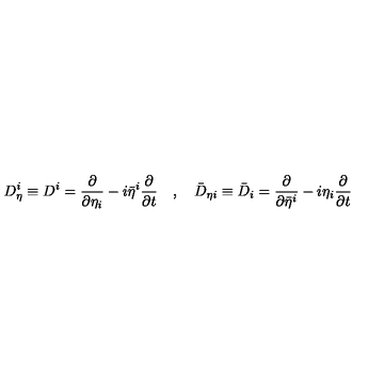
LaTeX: D _ { \eta } ^ { i } \equiv D ^ { i } = \frac { \partial } { \partial \eta _ { i } } - i \bar { \eta } ^ { i } \frac { \partial } { \partial t } \quad , \quad \bar { D } _ { \eta i } \equiv \bar { D } _ { i } = \frac { \partial } { \partial \bar { \eta } ^ { i } } - i \eta _ { i } \frac { \partial } { \partial t }